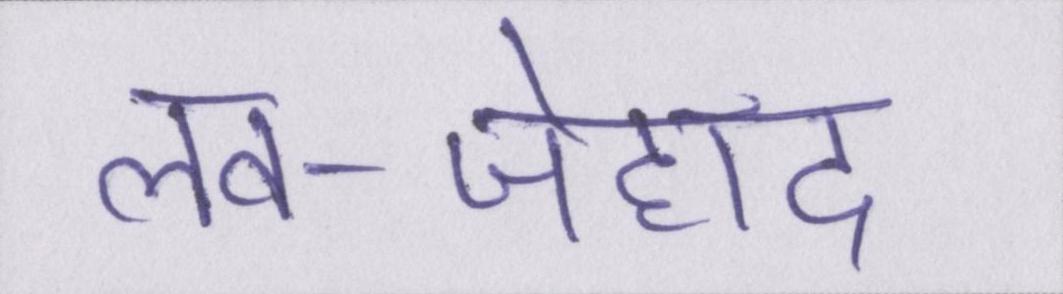
लव-जेहाद